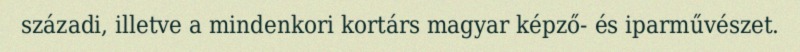
századi, illetve a mindenkori kortárs magyar képző- és iparművészet.